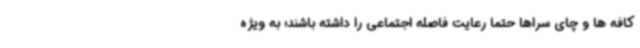
کافه ها و چای سراها حتما رعایت فاصله اجتماعی را داشته باشند؛ به ویژه